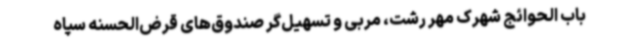
باب الحوائج شهرک مهر رشت، مربی و تسهیل‌گر صندوق‌های قرض‌الحسنه سپاه